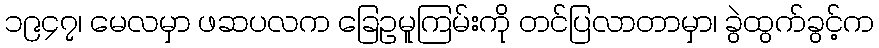
၁၉၄၇၊ မေလမှာ ဖဆပလက ခြေဥမူကြမ်းကို တင်ပြလာတာမှာ၊ ခွဲထွက်ခွင့်က